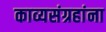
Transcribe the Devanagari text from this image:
काव्यसंग्रहांना